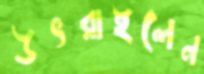
উৎরাইলেন